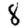
Digit: 8